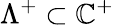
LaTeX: \Lambda^{+}\subset\mathbb{C}^{+}